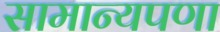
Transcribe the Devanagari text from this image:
सामान्यपणा